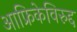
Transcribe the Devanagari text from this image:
आफ्रिकेविरुद्द